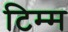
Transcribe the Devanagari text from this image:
टिम्म